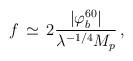
LaTeX: \begin{align*}f \, \simeq \, 2{{|\varphi_b^{60}|} \over {\lambda^{-1/4} M_p}} \, ,\end{align*}